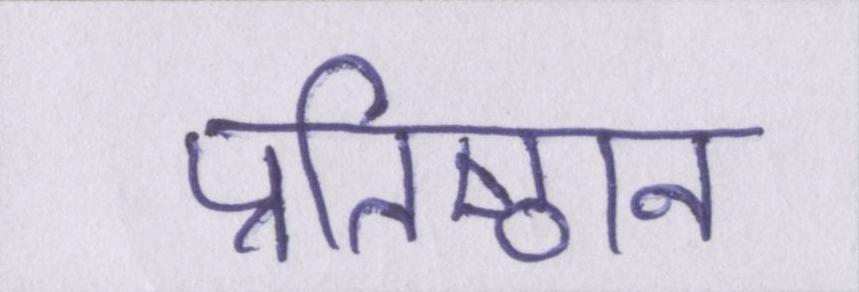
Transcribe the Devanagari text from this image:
प्रतिष्ठान